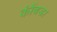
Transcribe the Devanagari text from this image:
कोंंबडा